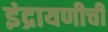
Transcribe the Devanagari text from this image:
इंद्रायणीची